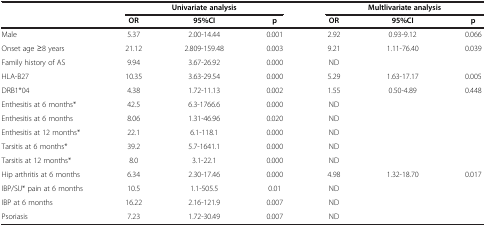
| <ROWSPAN=2>  | <COLSPAN=3> Univariate analysis | <COLSPAN=3> Multlivariate analysis |
 | OR | 95%CI | p | OR | 95%CI | p |
 | --- | --- | --- | --- | --- | --- | --- |
 | Male | 5.37 | 2.00-14.44 | 0.001 | 2.92 | 0.93-9.12 | 0.066 |
 | Onset age ≥8 years | 21.12 | 2.809-159.48 | 0.003 | 9.21 | 1.11-76.40 | 0.039 |
 | Family history of AS | 9.94 | 3.67-26.92 | 0.000 | ND |  |  |
 | HLA-B27 | 10.35 | 3.63-29.54 | 0.000 | 5.29 | 1.63-17.17 | 0.005 |
 | DRB1*04 | 4.38 | 1.72-11.13 | 0.002 | 1.55 | 0.50-4.89 | 0.448 |
 | Enthesitis at 6 months* | 42.5 | 6.3-1766.6 | 0.000 | ND |  |  |
 | Enthesitis at 6 months | 8.06 | 1.31-46.96 | 0.020 | ND |  |  |
 | Enthesitis at 12 months* | 22.1 | 6.1-118.1 | 0.000 | ND |  |  |
 | Tarsitis at 6 months* | 39.2 | 5.7-1641.1 | 0.000 | ND |  |  |
 | Tarsitis at 12 months* | 8.0 | 3.1-22.1 | 0.000 | ND |  |  |
 | Hip arthritis at 6 months | 6.34 | 2.30-17.46 | 0.000 | 4.98 | 1.32-18.70 | 0.017 |
 | IBP/SIJ* pain at 6 months | 10.5 | 1.1-505.5 | 0.01 | ND |  |  |
 | IBP at 6 months | 16.22 | 2.16-121.9 | 0.007 | ND |  |  |
 | Psoriasis | 7.23 | 1.72-30.49 | 0.007 | ND |  |  |